Annual administration report of the Civil Veterinary Department of India - 1897-1898
Year: 1897
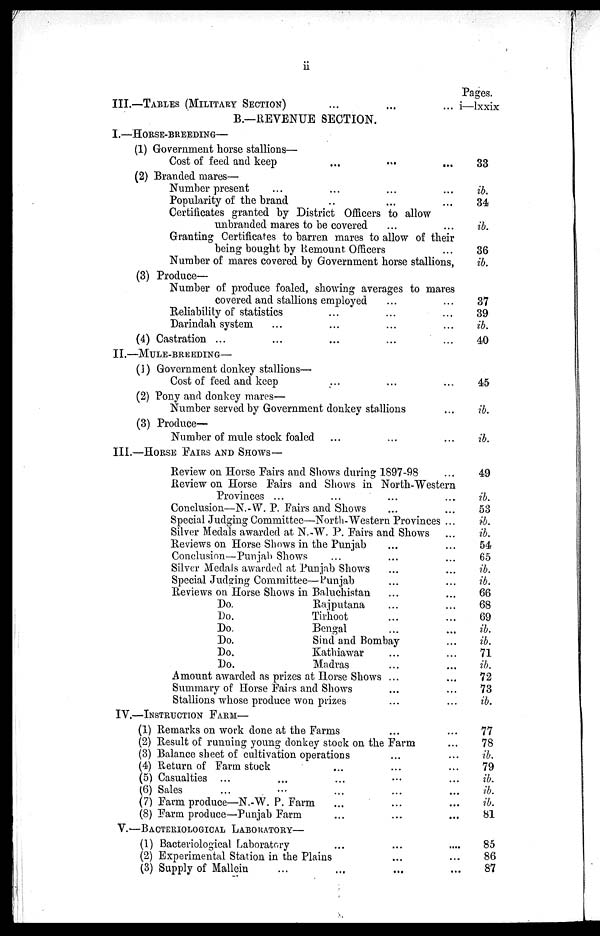
ii
III.—TABLE (MILITARY SECTION) ... ... ...
B.—REVENUE SECTION.
I.—HORSE-BREEDING—
(1) Government horse stallions—
Cost of feed and keep ... ... ...
(2) Branded mares—
Number present ... ... ... ...
Popularity of the brand ... ... ...
Certificates granted by District Officers to allow
unbranded mares to be covered ... ...
Granting Certificates to barren mares to allow of their
being bought by Remount Officers ...
Number of mares covered by Government horse stallions,
(3) Produce—
Number of produce foaled, showing averages to mares
covered and stallions employed ... ...
Reliability of statistics ... ... ...
Darindah system ... ... ... ...
(4) Castration ... ... ... ... ...
II.—MULE-BREEDING—
(1) Government donkey stallions—
Cost of feed and keep ... ... ...
(2) Pony and donkey mares—
Number served by Government donkey stallions
(3) Produce—
Number of mule stock foaled ... ... ...
III.—HORSE FAIRS AND SHOWS—
Review on Horse Fairs and Shows during 1897-98 ...
Review on Horse Fairs and Shows in North-Western
Provinces ... ... ... ...
Conclusion—N.W. P. Fairs and Shows ... ...
Special Judging Committee—North-Western Provinces ...
Silver Medals awarded at N.-W. P. Fairs and Shows ...
Reviews on Horse Shows in the Punjab ... ...
Conclusion—Pun jab Shows ... ...
Silver Medals awarded at Punjab Shows ... ...
Special Judging Committee—Punjab ... ...
Reviews on Horse Shows in Baluchistan ... ...
Do.
Rajputana ... ...
Do.
Tirhoot ... ...
Do.
Bengal ... ...
Do.
Sind
and Bombay ... ...
Do.
Kathiawar ... ...
Do.
Madras ... ...
Amount awarded as prizes at Horse Shows ... ...
Summary of Horse Fairs and Shows ... ...
Stallions whose produce won prizes ... ...
IV.—INSTRUCTION FARM—
(1) Remarks on work done at the Farms ... ...
(2) Result of running young donkey stock on the Farm ... ...
(3) Balance sheet of cultivation operations ... ...
(4) Return of Farm stock ... ... ...
(5) Casualties ... ... ... ... ...
(6) Sales ... ... ... ... ...
(7) Farm produce—N.-W. P. Farm ... ... ...
(8) Farm produce—Punjab Farm ... ... ...
V.—BACTERIOLOGICAL LABORATORY—
(1) Bacteriological Laboratory ... ... ...
(2) Experimental Station in the Plains ... ...
(3) Supply of Mallein ... ... ... ...
Pages.
i—lxxix
33
ib.
34
ib.
36
ib.
37
39
ib.
40
45
ib.
ib.
49
ib.
53
ib.
ib.
54
65
ib.
ib.
66
68
69
ib.
ib.
71
ib.
72
73
ib.
77
78
ib.
79
ib.
ib.
ib.
81
85
86
87